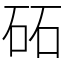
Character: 砳